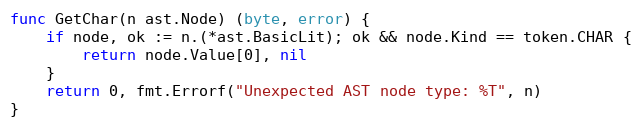
Language: Go
func GetChar(n ast.Node) (byte, error) {
	if node, ok := n.(*ast.BasicLit); ok && node.Kind == token.CHAR {
		return node.Value[0], nil
	}
	return 0, fmt.Errorf("Unexpected AST node type: %T", n)
}